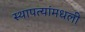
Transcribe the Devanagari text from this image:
स्थापत्यांमधली